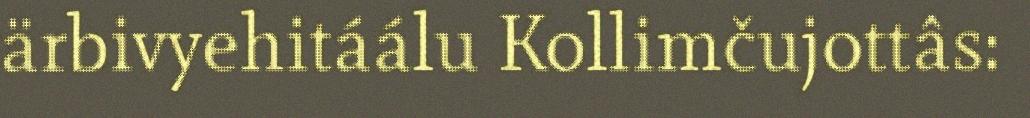
ärbivyehitáálu Kollimčujottâs: